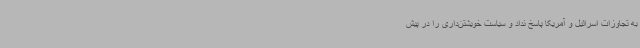
به تجاوزات اسرائیل و آمریکا پاسخ نداد و سیاست خویشتن‌داری را در پیش